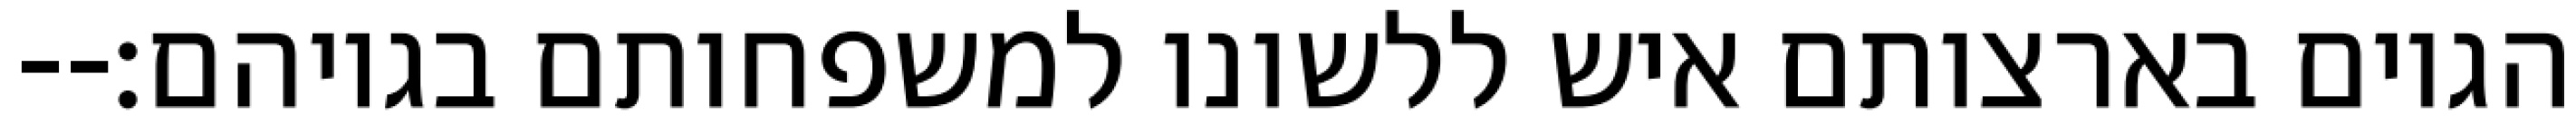
הגוים בארצותם איש ללשונו למשפחותם בגויהם׃--